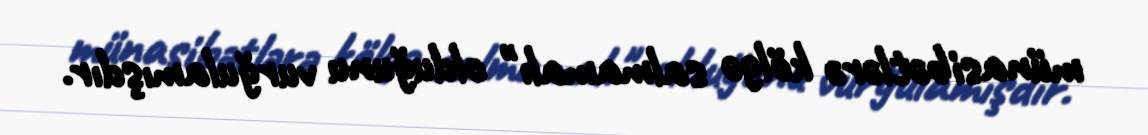
münasibətlərə kölgə salmamalı" olduğunu vurğulamışdır.